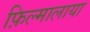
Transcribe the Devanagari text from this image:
फ़िल्मालाया